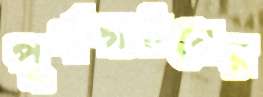
পূর্ণগঠনের